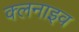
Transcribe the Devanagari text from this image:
क्लनाइव